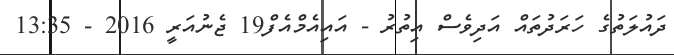
ދައުލަތުގެ ހަރަދުތައް އަދިވެސް އިތުރު - އައިއެމްއެފް19 ޖެނުއަރީ 2016 - 13:35